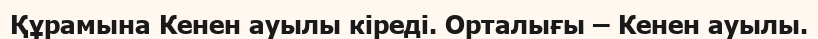
Құрамына Кенен ауылы кіреді. Орталығы – Кенен ауылы.